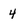
Character: 4